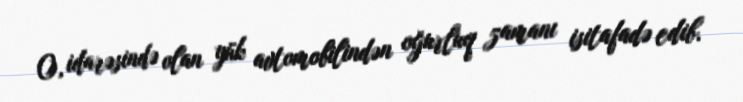
O, idarəsində olan yük avtomobilindən oğurluq zamanı isitafadə edib.